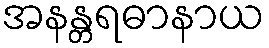
အနန္တရဓာနာယ